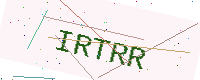
Text: IRTRR